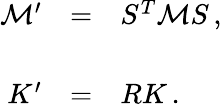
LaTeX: \begin{array}{rcl}{{{\cal M}^{\prime}}}&{{=}}&{{S^{T}{\cal M}S\, ,}}\\ {{}}&{{}}&{{}}\\ {{K^{\prime}}}&{{=}}&{{RK\, .}}\end{array}